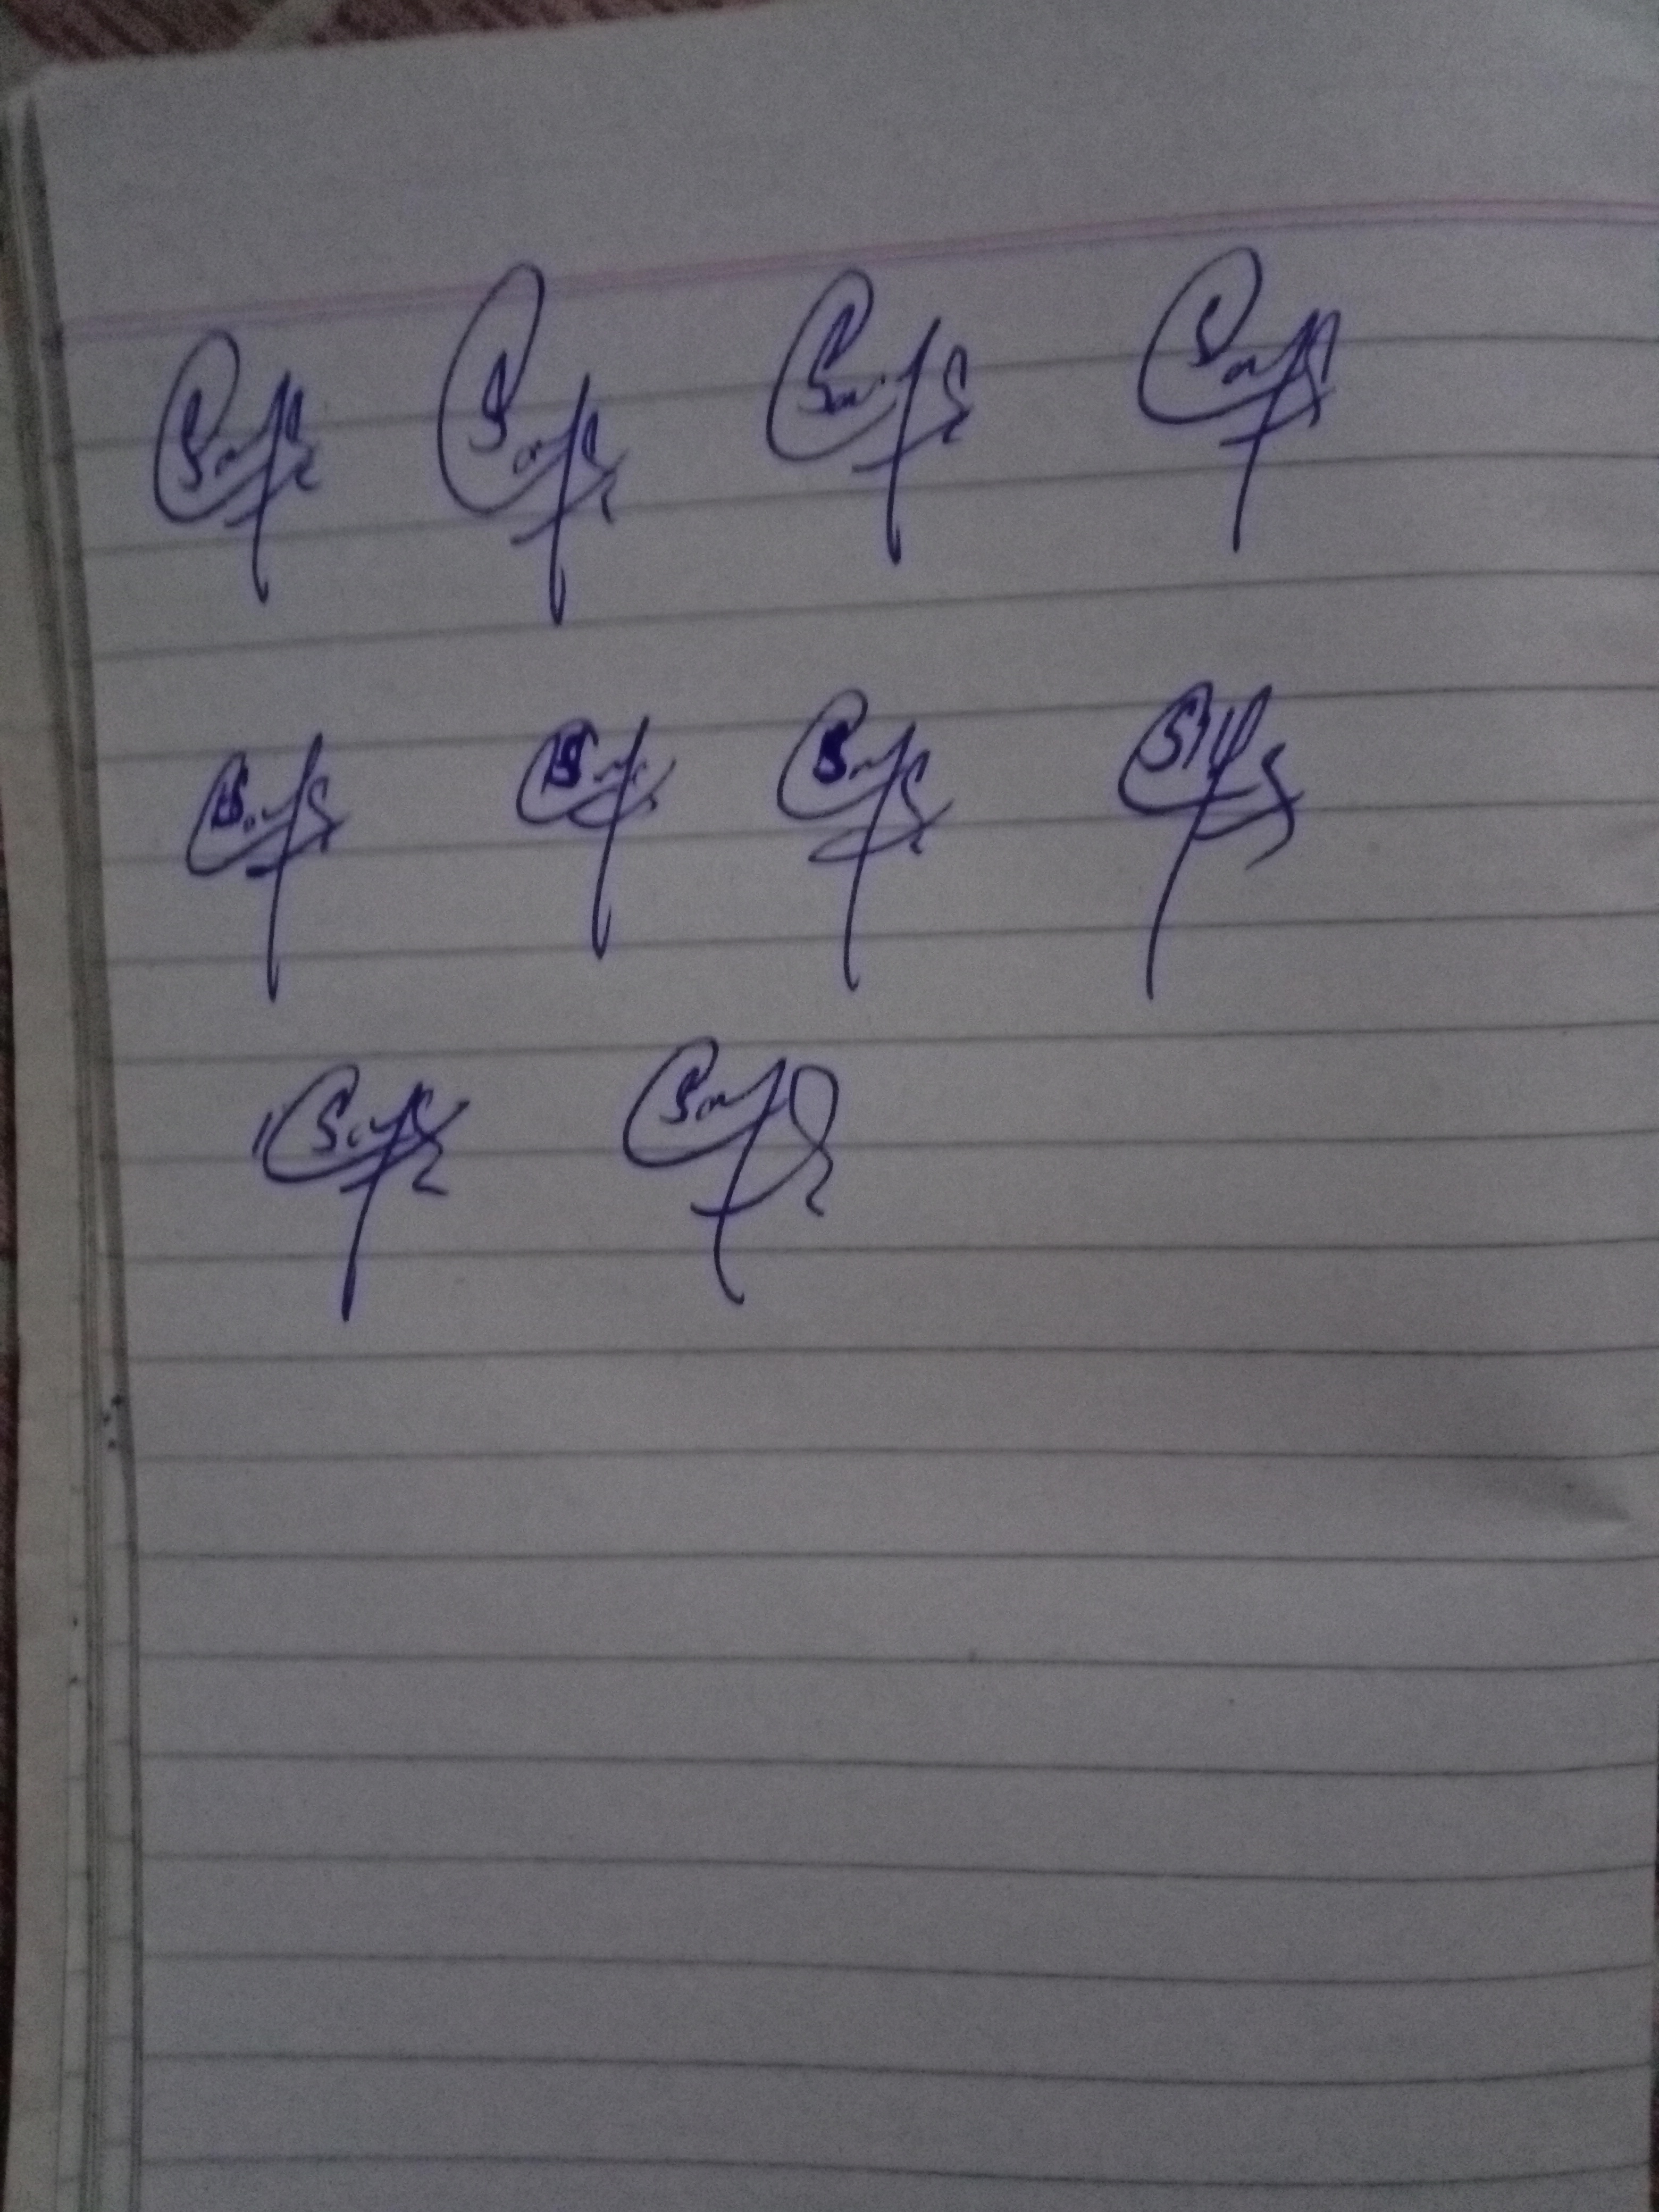
Signature authenticity: genuine